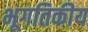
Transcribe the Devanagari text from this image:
भूगतिकीय